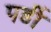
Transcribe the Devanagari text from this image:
पर्डी